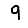
Digit: 9